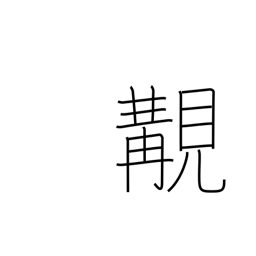
Meaning: happening to meet